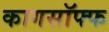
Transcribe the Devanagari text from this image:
कागसॉफ्फ